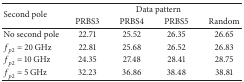
<table><thead><tr><td rowspan="2"><b>Second pole</b></td><td colspan="4"><b>Data pattern</b></td></tr><tr><td><b>PRBS3</b></td><td><b>PRBS4</b></td><td><b>PRBS5</b></td><td><b>Random</b></td></tr></thead><tbody><tr><td>No second pole</td><td>22.71</td><td>25.52</td><td>26.35</td><td>26.65</td></tr><tr><td><i>f</i><sub><i>p</i>2</sub> = 20 GHz</td><td>22.81</td><td>25.68</td><td>26.52</td><td>26.83</td></tr><tr><td><i>f</i><sub><i>p</i>2</sub> = 10 GHz</td><td>24.35</td><td>27.48</td><td>28.41</td><td>28.75</td></tr><tr><td><i>f</i><sub><i>p</i>2</sub> = 5 GHz</td><td>32.23</td><td>36.86</td><td>38.48</td><td>38.81</td></tr></tbody></table>